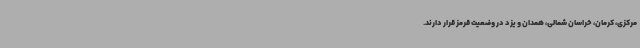
مرکزی، کرمان، خراسان شمالی، همدان و یزد در وضعیت قرمز قرار دارند.